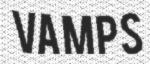
VAMPS